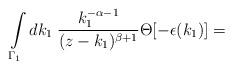
LaTeX: \begin{align*}\int\limits_{{\Gamma}_1}dk_1\;\frac {k_1^{-\alpha-1}}{(z-k_1)^{\beta+1}}\Theta[-\epsilon(k_1)]=\end{align*}